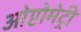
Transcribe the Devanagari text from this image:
ओप्टोमेट्री